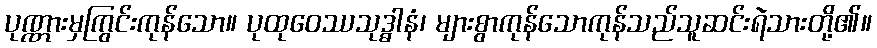
ပုဏ္ဏားမှကြွင်းကုန်သော။ ပုထုဝေဿသုဒ္ဓါနံ၊ များစွာကုန်သောကုန်သည်သူဆင်းရဲသားတို့၏။